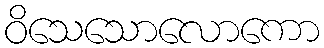
ဝိသေသောလောကော